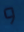
و